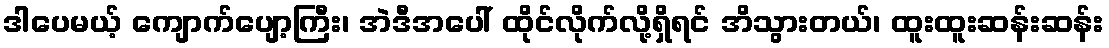
ဒါပေမယ့် ကျောက်ပျော့ကြီး၊ အဲဒီအပေါ် ထိုင်လိုက်လို့ရှိရင် အိသွားတယ်၊ ထူးထူးဆန်းဆန်း